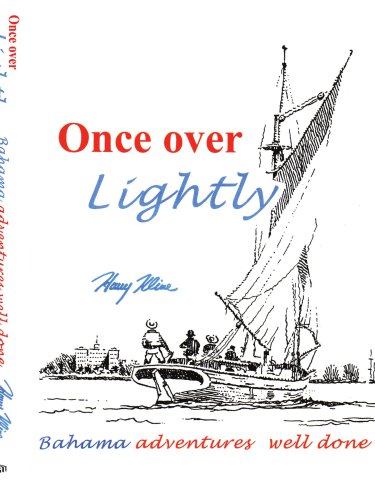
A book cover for Once Over Lightly: Bahama Adventures Well Done; Harry Kline; Travel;